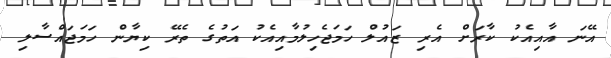
އޭނަ އާއިއެކު ކާރަށް އެރި ޒައުލް ހަމަޖެހިލުމާއިއެކު އަތުގެ ތެރޭ ކިޔާން ހަމަޖައްސާލި